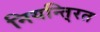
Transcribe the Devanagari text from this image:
नियन्ति्रत